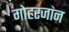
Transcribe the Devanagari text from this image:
गोहरजान